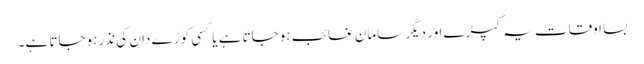
بسا اوقات یہ کپڑے اور دیگر سامان غائب ہوجاتا ہے یا کسی کوڑے دان کی نذر ہوجاتا ہے۔